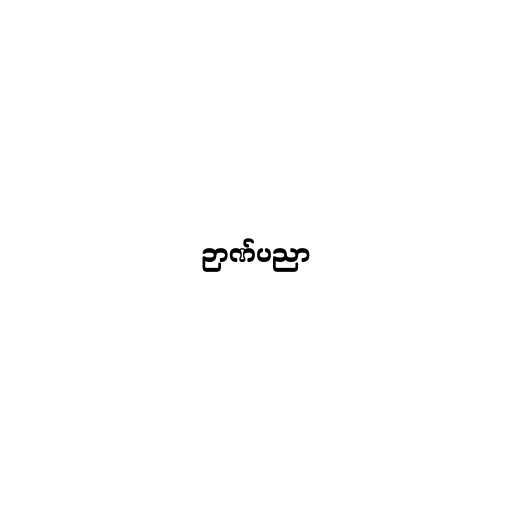
ဉာဏ်ပညာ